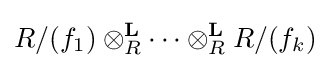
R/(f_{1})\otimes _{R}^{\mathbf {L} }\cdots \otimes _{R}^{\mathbf {L} }R/(f_{k})